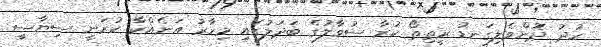
ހުދު ދޮންވެލިގަނޑު ރީތިތޯ ކުރާ ސުވާލުގެ ބަދަލުގައި މިހާރު އަނެއްކާ ކުރަނީ ސިޔާސީ